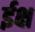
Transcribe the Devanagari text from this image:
ईक्ष